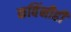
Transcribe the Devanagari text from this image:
कविंनीही